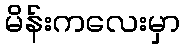
မိန်းကလေးမှာ